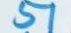
51